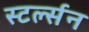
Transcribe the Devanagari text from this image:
स्टर्ल्सन